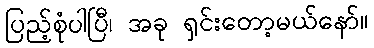
ပြည့်စုံပါပြီ၊ အခု ရှင်းတော့မယ်နော်။